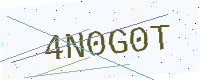
Text: 4N0G0T